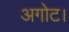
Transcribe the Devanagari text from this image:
अगोट।